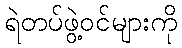
ရဲတပ်ဖွဲ့ဝင်များကို